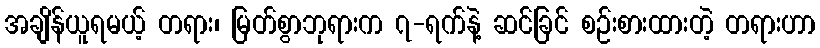
အချိန်ယူရမယ့် တရား၊ မြတ်စွာဘုရားက ၇-ရက်နဲ့ ဆင်ခြင် စဉ်းစားထားတဲ့ တရားဟာ